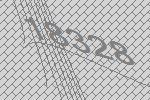
18328